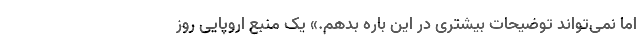
اما نمی‌تواند توضیحات بیشتری در این باره بدهم.» یک منبع اروپایی روز